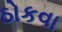
ઠોકવા